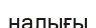
налығы